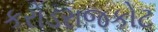
કરોડરાજકોટ